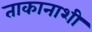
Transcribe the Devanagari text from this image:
ताकानाशी